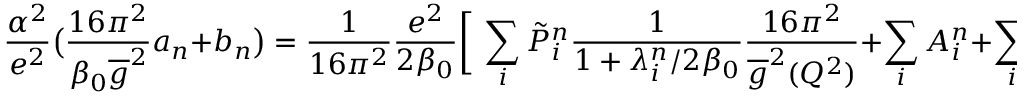
{ \frac { \alpha ^ { 2 } } { e ^ { 2 } } } \big ( { \frac { 1 6 \pi ^ { 2 } } { \beta _ { 0 } \overline { { g } } ^ { 2 } } } a _ { n } + b _ { n } \big ) = { \frac { 1 } { 1 6 \pi ^ { 2 } } } { \frac { e ^ { 2 } } { 2 \beta _ { 0 } } } \bigg [ ~ \sum _ { i } \tilde { P } _ { i } ^ { n } { \frac { 1 } { 1 + \lambda _ { i } ^ { n } / 2 \beta _ { 0 } } } { \frac { 1 6 \pi ^ { 2 } } { \overline { { g } } ^ { 2 } ( Q ^ { 2 } ) } } + \sum _ { i } A _ { i } ^ { n } + \sum _ { i } B _ { i } ^ { n } + C _ { \gamma } ^ { n } \bigg ] .